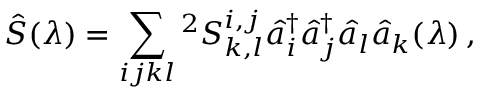
\hat { S } ( \lambda ) = \sum _ { i j k l } { } ^ { 2 } S _ { k , l } ^ { i , j } \hat { a } _ { i } ^ { \dagger } \hat { a } _ { j } ^ { \dagger } \hat { a } _ { l } \hat { a } _ { k } ( \lambda ) \, ,